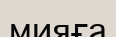
мияға